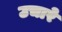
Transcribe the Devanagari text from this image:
उचारे